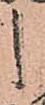
之